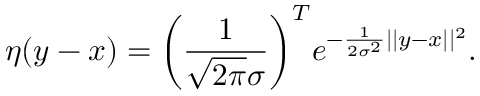
\eta ( y - x ) = \bigg ( \frac { 1 } { \sqrt { 2 \pi } \sigma } \bigg ) ^ { T } e ^ { - \frac { 1 } { 2 \sigma ^ { 2 } } | | y - x | | ^ { 2 } } .